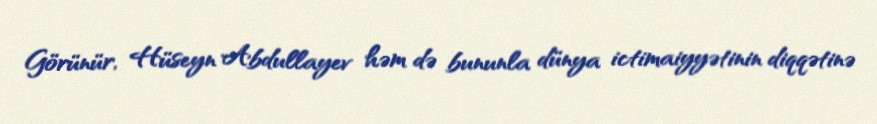
Görünür, Hüseyn Abdullayev həm də bununla dünya ictimaiyyətinin diqqətinə